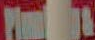
Plana